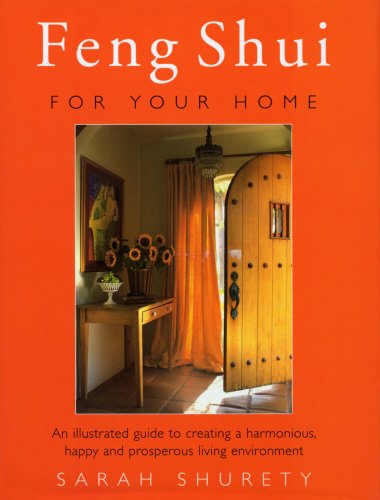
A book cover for Feng Shui for Your Home: An Illustrated Guide to Creating a Harmonious, Happy and Prosperous Living Environment; Sarah Shurety; Religion & Spirituality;